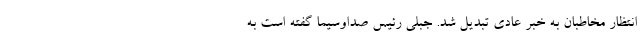
انتظار مخاطبان به خبر عادی تبدیل شد. جبلی رئیس صداوسیما گفته است به